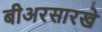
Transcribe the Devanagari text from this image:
बीअरसारखे